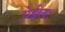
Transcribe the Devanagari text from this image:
येईलः